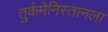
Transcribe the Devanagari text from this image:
तुर्कमेनिस्तानला